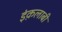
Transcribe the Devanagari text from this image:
इंक़लाबी